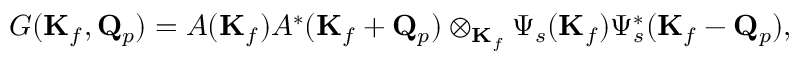
G ( \mathbf { K } _ { f } , \mathbf { Q } _ { p } ) = A ( \mathbf { K } _ { f } ) A ^ { * } ( \mathbf { K } _ { f } + \mathbf { Q } _ { p } ) \otimes _ { \mathbf { K } _ { f } } \Psi _ { s } ( \mathbf { K } _ { f } ) \Psi _ { s } ^ { * } ( \mathbf { K } _ { f } - \mathbf { Q } _ { p } ) ,